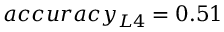
a c c u r a c y _ { L 4 } = 0 . 5 1